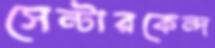
সেন্টারকেন্দ